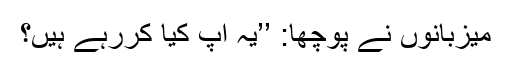
میزبانوں نے پوچھا: ’’یہ آپ کیا کررہے ہیں؟